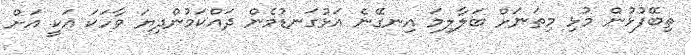
ތިބޭފުޅުން މުޅި މިތަނަށް ބަލާލިމަ އިނގޭނެ އަޅުގަނޑުމެން ދައްކަމުންދިޔަ ވާހަކަ އަކީ އަށް